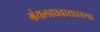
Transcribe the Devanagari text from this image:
ग्रंथलाघवासारख्या